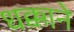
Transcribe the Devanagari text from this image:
धक्काने